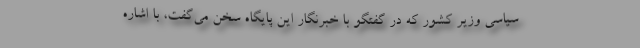
سیاسی وزیر کشور که در گفتگو با خبرنگار این پایگاه سخن می‌گفت، با اشاره